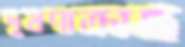
দূষণাক্রান্ত